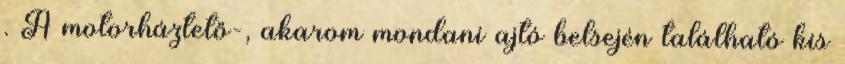
. A motorháztető-, akarom mondani ajtó belsején található kis